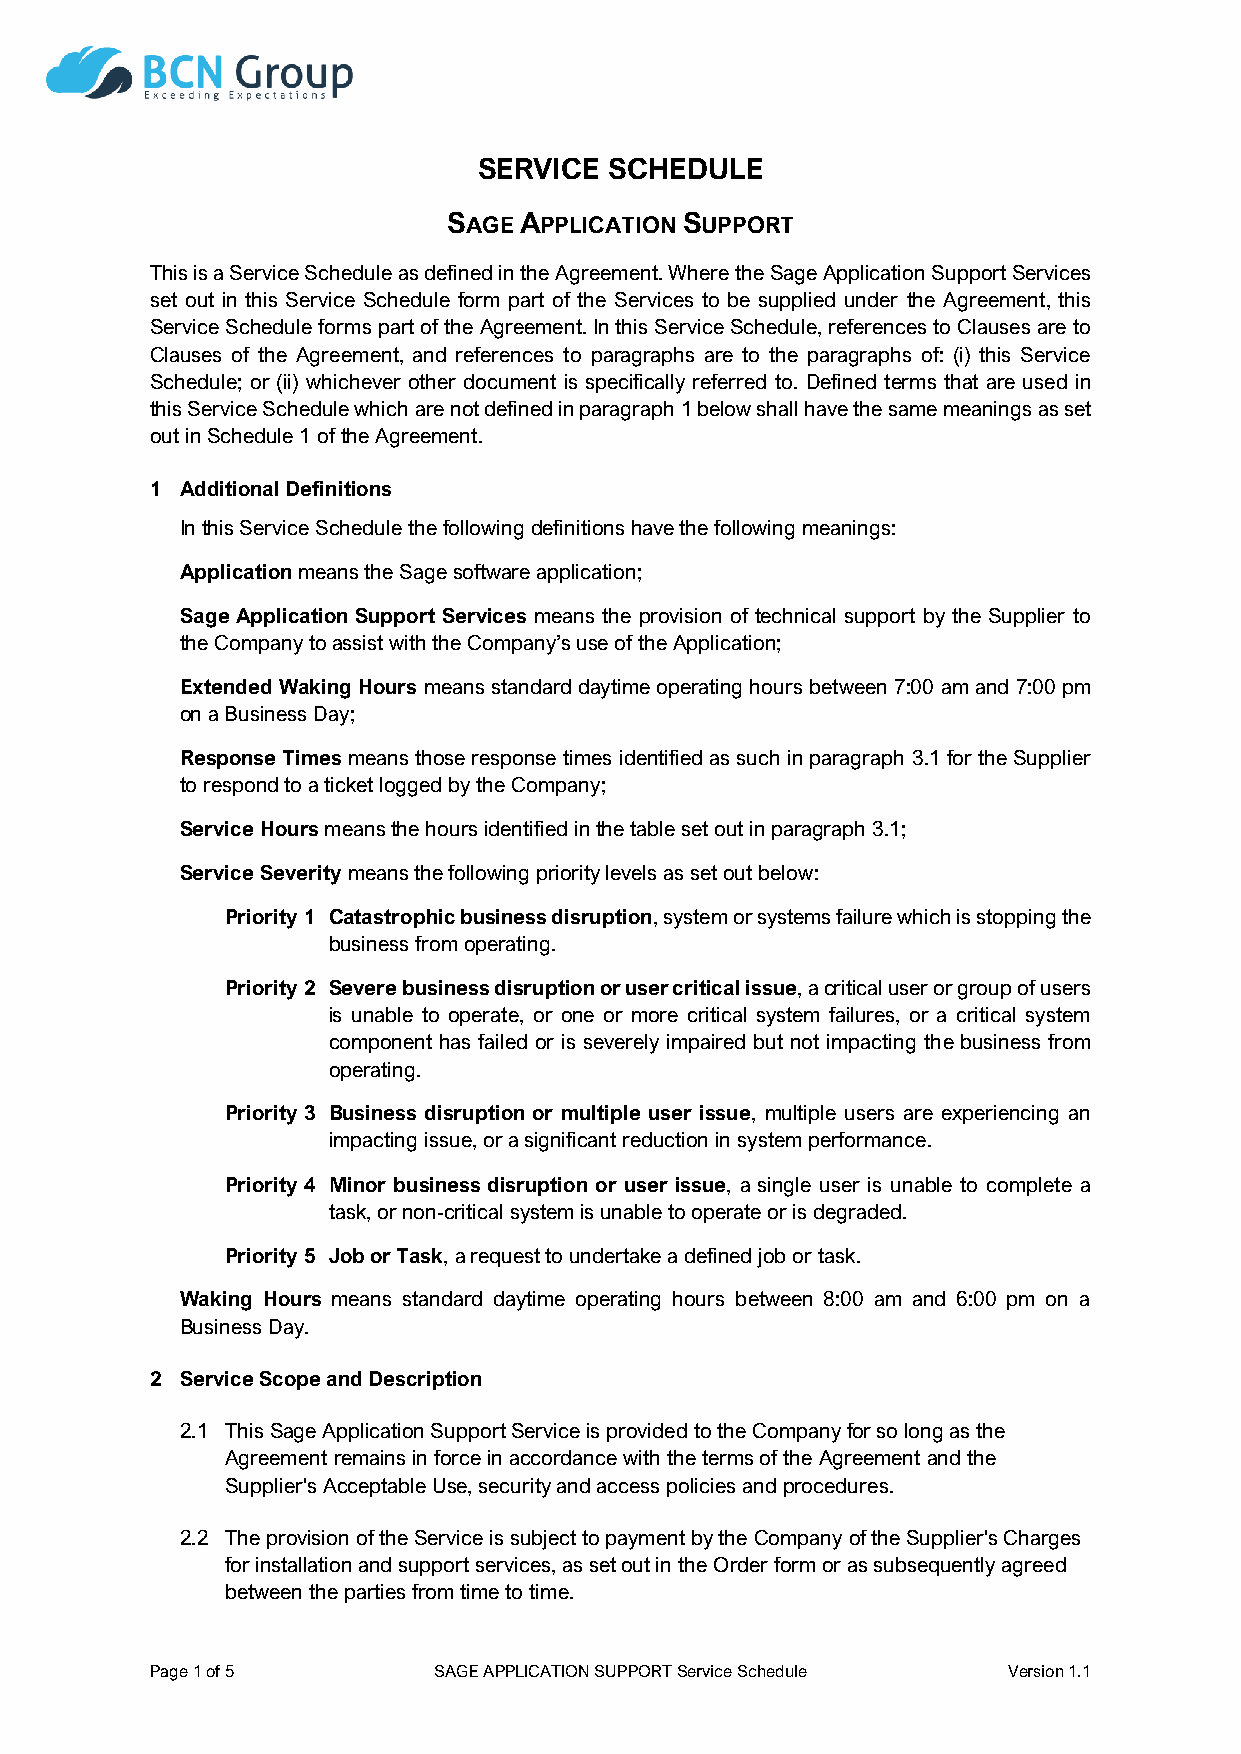
SERVICE SCHEDULE
 SAGE APPLICATION SUPPORT
 This is a Service Schedule as defined in the Agreement. Where the Sage Application Support Services
 set out in this Service Schedule form part of the Services to be supplied under the Agreement, this
 Service Schedule forms part of the Agreement. In this Service Schedule, references to Clauses are to
 Clauses of the Agreement, and references to paragraphs are to the paragraphs of: (i) this Service
 Schedule; or (ii) whichever other document is specifically referred to. Defined terms that are used in
 this Service Schedule which are not defined in paragraph 1 below shall have the same meanings as set
 out in Schedule 1 of the Agreement.
 1 Additional Definitions
 In this Service Schedule the following definitions have the following meanings:
 Application means the Sage software application;
 Sage Application Support Services means the provision of technical support by the Supplier to
 the Company to assist with the Company’s use of the Application;
 Extended Waking Hours means standard daytime operating hours between 7:00 am and 7:00 pm
 on a Business Day;
 Response Times means those response times identified as such in paragraph 3.1 for the Supplier
 to respond to a ticket logged by the Company;
 Service Hours means the hours identified in the table set out in paragraph 3.1;
 Service Severity means the following priority levels as set out below:
 Priority 1 Catastrophic business disruption, system or systems failure which is stopping the
 business from operating.
 Priority 2 Severe business disruption or user critical issue, a critical user or group of users
 is unable to operate, or one or more critical system failures, or a critical system
 component has failed or is severely impaired but not impacting the business from
 operating.
 Priority 3 Business disruption or multiple user issue, multiple users are experiencing an
 impacting issue, or a significant reduction in system performance.
 Priority 4 Minor business disruption or user issue, a single user is unable to complete a
 task, or non-critical system is unable to operate or is degraded.
 Priority 5 Job or Task, a request to undertake a defined job or task.
 Waking Hours means standard daytime operating hours between 8:00 am and 6:00 pm on a
 Business Day.
 2 Service Scope and Description
 2.1 This Sage Application Support Service is provided to the Company for so long as the
 Agreement remains in force in accordance with the terms of the Agreement and the
 Supplier's Acceptable Use, security and access policies and procedures.
 2.2 The provision of the Service is subject to payment by the Company of the Supplier's Charges
 for installation and support services, as set out in the Order form or as subsequently agreed
 between the parties from time to time.
 Page 1 of 5        SAGE APPLICATION SUPPORT Service Schedule Version 1.1